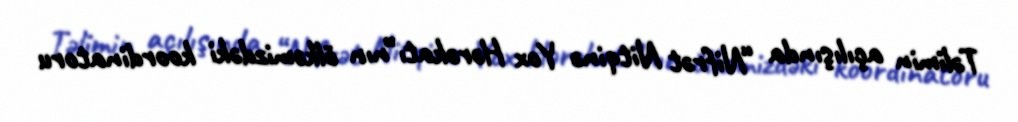
Təlimin açılışında “Nifrət Nitqinə Yox Hərəkatı”nın ölkəmizdəki koordinatoru